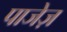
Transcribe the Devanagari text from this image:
पाजेज़